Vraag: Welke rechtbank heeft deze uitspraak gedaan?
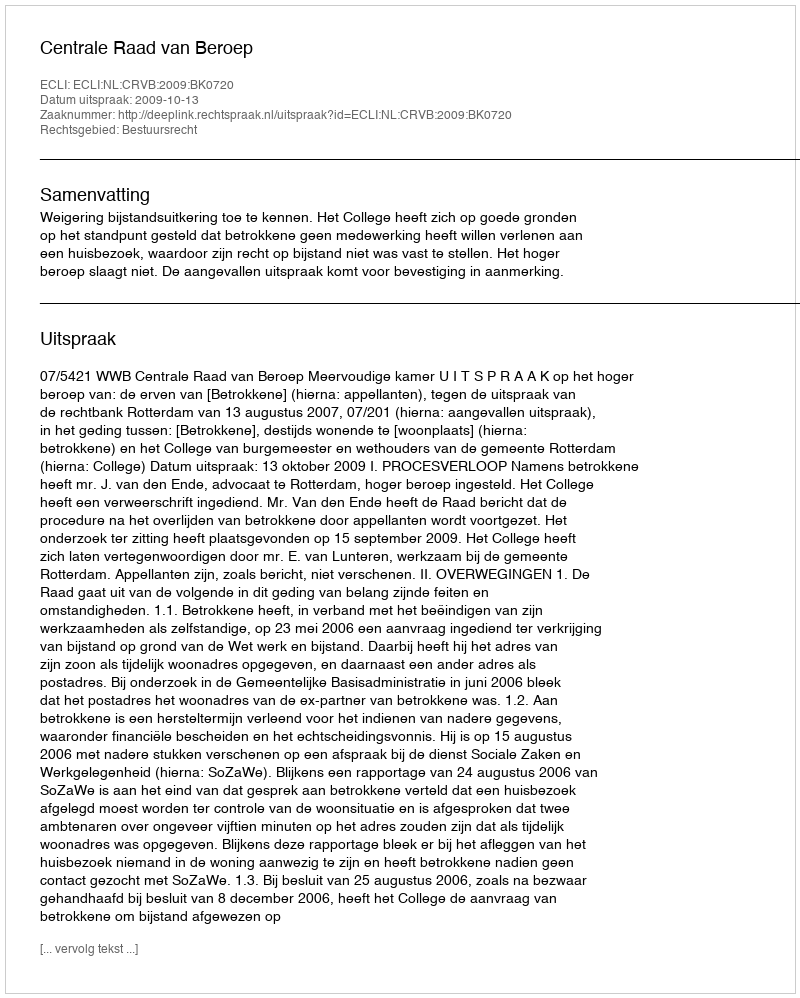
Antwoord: Centrale Raad van Beroep